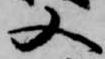
又